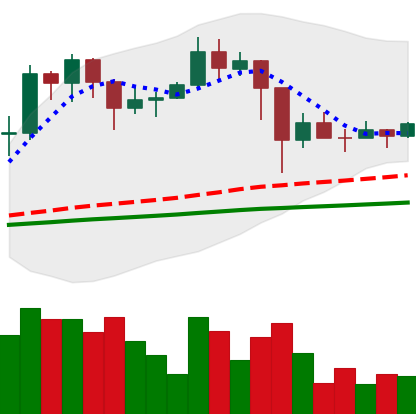
Ticker: TRX-USD
Chart end date: 2021-03-01
Forward return: 5.17%
Label: up_5_7